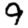
Digit: 9